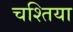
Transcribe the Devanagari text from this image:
चश्तिया